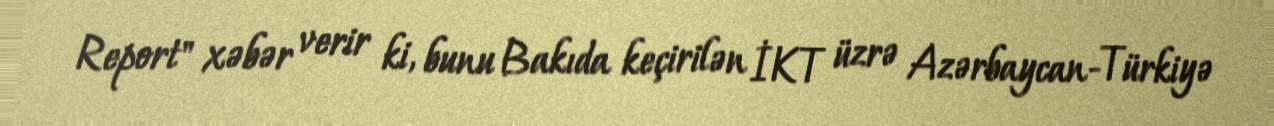
Report" xəbər verir ki, bunu Bakıda keçirilən İKT üzrə Azərbaycan-Türkiyə